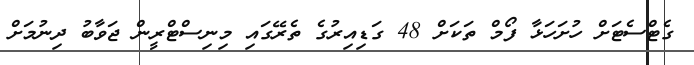
ގެޓްސެޓަށް ހުށަހަޅާ ފޯމް ތަކަށް 48 ގަޑިއިރުގެ ތެރޭގައި މިނިސްޓްރީން ޖަވާބު ދިނުމަށް